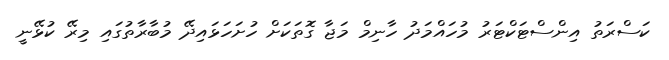
ކަސްރަތު އިންސްޓަކްޓަރު މުހައްމަދު ހާނިމް މަޖާ ގޮތަކަށް ހުށަހަޅައިދޭ މުބާރާތުގައި މިރޭ ކުޅޭނީ